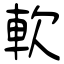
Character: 軟